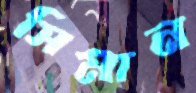
সিমান